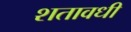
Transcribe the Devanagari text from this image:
शतावधी